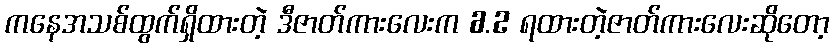
ကနေအသစ်ထွက်ရှိထားတဲ့ ဒီဇာတ်ကားလေးက 6.2 ရထားတဲ့ဇာတ်ကားလေးဆိုတော့